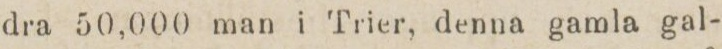
dra 50,000 man i Trier, denna gamla gal-